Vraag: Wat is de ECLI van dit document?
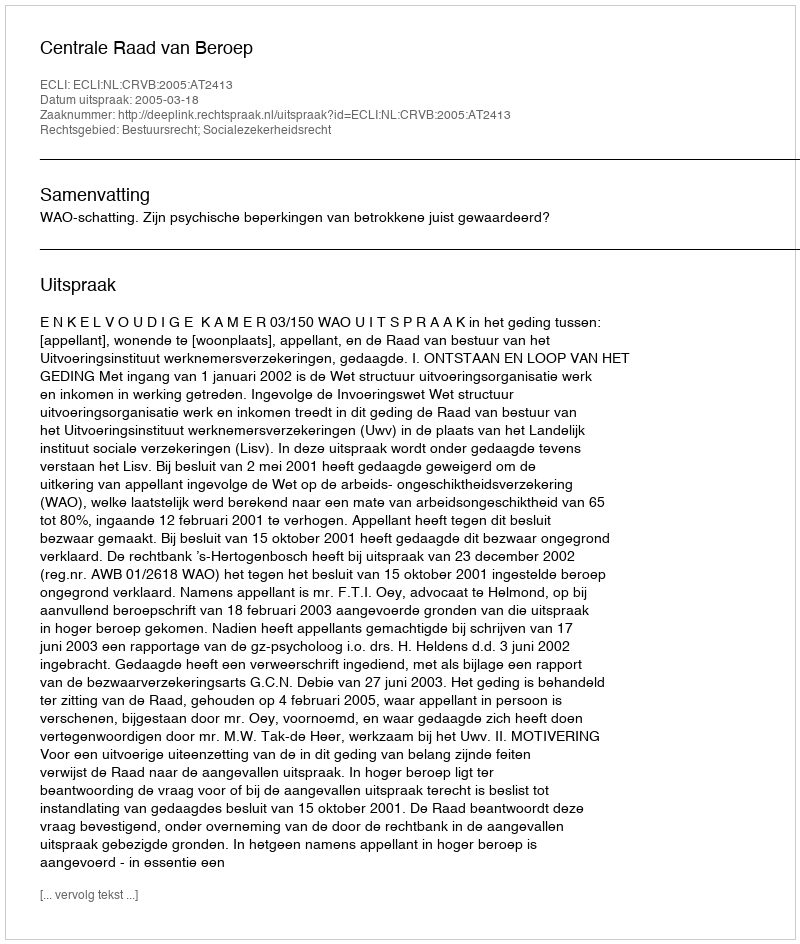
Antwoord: ECLI:NL:CRVB:2005:AT2413